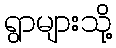
ရွာများသို့